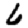
Digit: 6